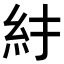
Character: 𥾒